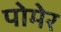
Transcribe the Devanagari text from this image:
पोमेर